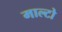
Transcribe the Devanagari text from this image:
माल्टो